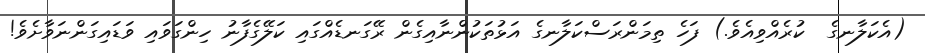
(އެކަލާނގެ  ކުރެއްވިއެވެ.) ފަހެ ތިމަންރަސްކަލާނގެ އަޅުތަކުންނާއިގެން ރޭގަނޑެއްގައި ކަލޭގެފާނު ހިންގަވައި ވަޑައިގަންނަވާށެވެ!